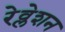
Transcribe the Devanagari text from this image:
रेव्लेशन